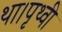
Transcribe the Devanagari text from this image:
था।पृथ्वी